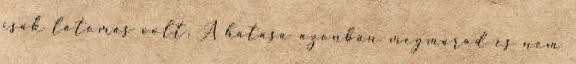
csak látomás volt. A hatása azonban megmarad és nem